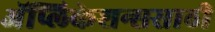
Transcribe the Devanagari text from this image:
अॅप्लिकेशन्ससाठी